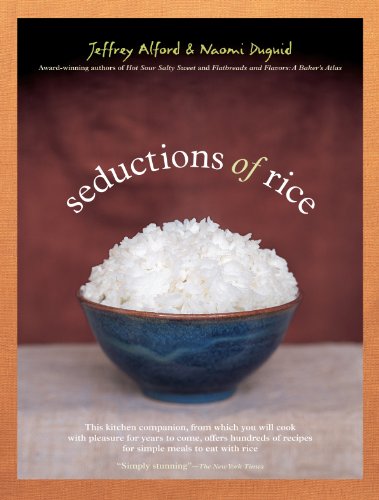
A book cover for Seductions of Rice; Jeffrey Alford; Cookbooks, Food & Wine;